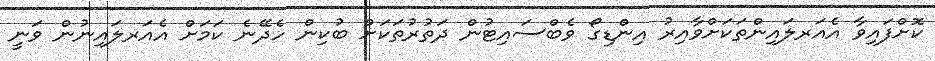
ކޮށްފައިވާ އެއަރލައިންތަކަށްވާއިރު އިންޑިގޯ ވެބްސައިޓުން ދަތުރުތަކަށް ބުކިން ހެދޭނެ ކަމަށް އެއަރލައިނުން ވަނީ